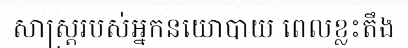
សាស្ត្ររបស់អ្នកនយោបាយ ពេលខ្លះតឹង